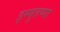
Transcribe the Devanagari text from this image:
इग्गुतप्पा